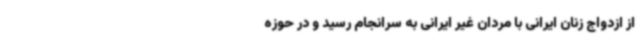
از ازدواج زنان ایرانی با مردان غیر ایرانی به سرانجام رسید و در حوزه